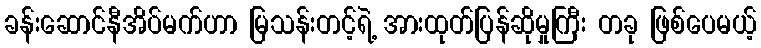
ခန်းဆောင်နီအိပ်မက်ဟာ မြသန်းတင့်ရဲ့ အားထုတ်ပြန်ဆိုမှုကြီး တခု ဖြစ်ပေမယ့်